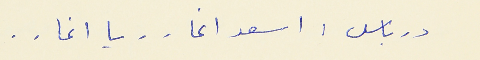
درباس : اسعد اغا . . يا اغا . .